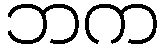
ဘက